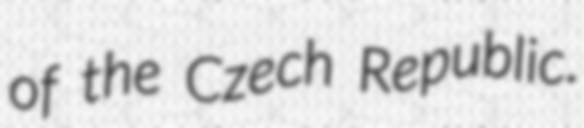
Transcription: of the Czech Republic.